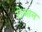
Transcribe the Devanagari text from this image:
रोआन